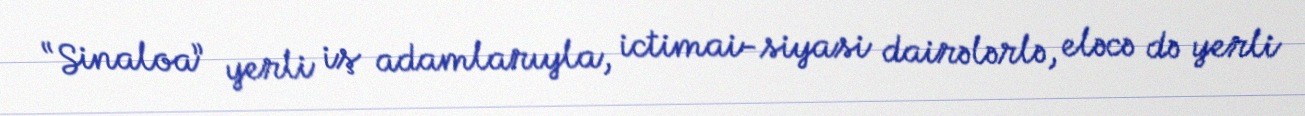
“Sinaloa” yerli iş adamlarıyla, ictimai-siyasi dairələrlə, eləcə də yerli